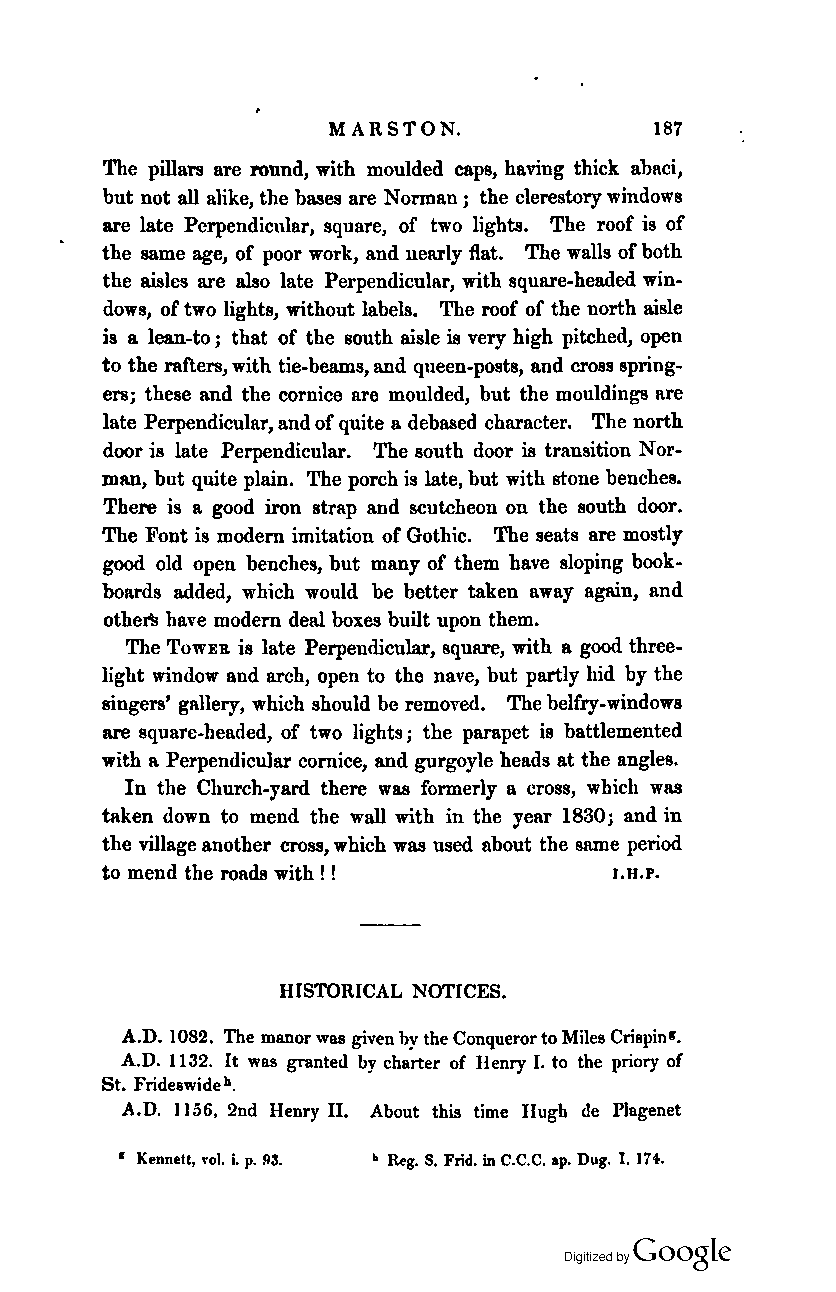
MARSTON.             187
 The pilla1'8 are round, with moulded caps, haviug thick abaci,
 but not all alike, the bases are Norman; the clerestory windows
 are late Perpendicular, square, of two lights. The roof is of
 the same age, of poor work, and nearly flat. The walls of both
 the aisles are also late Perpendicular, with square-headed win
 dows, of two lights, without labels. The roof of the north aisle
 is a lean-to; that of the south aisle is very high pitched, open
 to the rafters, with tie-beams, and queen-posts, and cross spring
 ers; these and the cornice are moulded, but the mouldings are
 late Perpendicular, and of quite a debased character. The north
 door is late Perpendicular. The south door is transitiou Nor
 man, but quite plain. The porch is late, but with stoue benches.
 There is a good iron strap and scutcheou on the south door.
 The Font is modern imitation of Gothic. The seats are mostly
 good old open benches, but many of them have sloping book
 boards added, which would be better taken away again, and
 othen have modern deal boxes built upon them.
 The TOWER is late Perpendicular, square, with a good three
 light window aud arch, open to the nave, but partly hid by the
 singers' gallery, which should be removed. The belfry-windows
 are square-headed, of two lights; the parapet is battlemented
 with a Perpendicular cornice, and gurgoyle heads at the angles.
 In the Church-yard there was formerly a cross, which was
 taken down to mend the wall with in the year 1830; and in
 the village another cross, which was used about the same period
 to mend the roads with I !        J.H.P.
 HISTORICAL NOTICES.
 A.D. 1082. The manor was given by the Conqueror to Miles Crispinr.
 A.D. 1132. It was granted by charter of Henry I. to the priory of
 St. Frideswideh•
 A.D. ] 156, 2nd Henry II. About this time Hugh de Plagenet
 • Kennett, vol. i. p. 113. ~ Reg. S. Frid. in C.C.C. ap. Dug. I. 1H .
 Coogle
 Digitized by